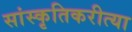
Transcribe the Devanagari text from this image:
सांस्कृतिकरीत्या